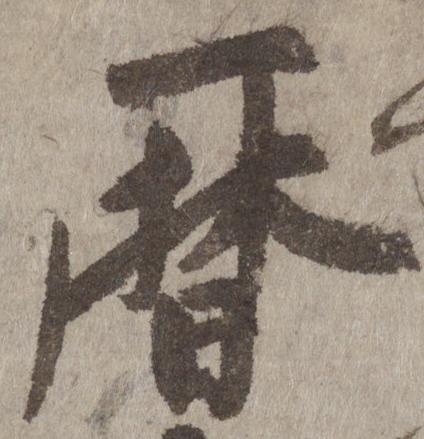
暦